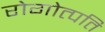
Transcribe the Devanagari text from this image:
रोगोत्पति